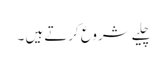
چلیے شروع کرتے ہیں ۔